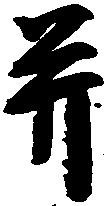
并